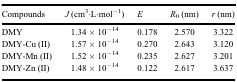
| Compounds | J (cm3·L·mol−1) | E | R0 (nm) | r (nm) |
 | --- | --- | --- | --- | --- |
 | DMY | 1.34 × 10−14 | 0.178 | 2.570 | 3.322 |
 | DMY-Cu (II) | 1.57 × 10−14 | 0.270 | 2.643 | 3.120 |
 | DMY-Mn (II) | 1.52 × 10−14 | 0.235 | 2.627 | 3.201 |
 | DMY-Zn (II) | 1.48 × 10−14 | 0.122 | 2.617 | 3.637 |